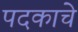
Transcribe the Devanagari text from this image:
पदकाचे